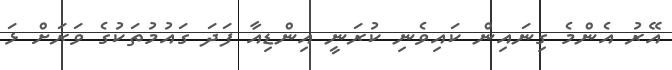
އޭރު އެންމެ ގިނައިން ކައިވެނި ކުރަނީ އިންޑިއާ ފަދަ ގައުމުތަކުގެ ވަރަށް ޅަ